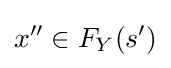
x''\in F_{Y}(s')